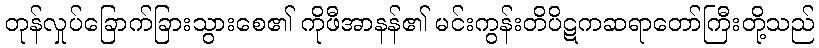
တုန်လှုပ်ခြောက်ခြားသွားစေ၏ ကိုဖီအာနန်၏ မင်းကွန်းတိပိဋကဆရာတော်ကြီးတို့သည်